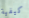
كيفية